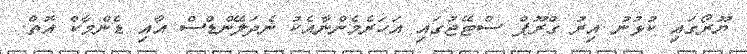
ޔޫރޯގައި ކުޅުނު އިރު ގްރޫޕް ސްޓޭޖުގައި އަހަރެމެންނާއެކު ނެދަލޭންޑްސް އާއި ޑެންމާކް އޮތް.